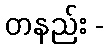
တနည်း -